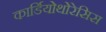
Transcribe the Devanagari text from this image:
कार्डियोथोरेसिस